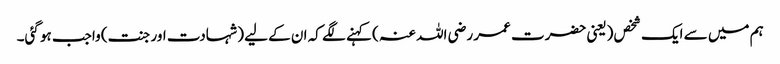
ہم میں سے ایک شخص (یعنی حضرت عمر رضی اللہ عنہ ) کہنے لگے کہ ان کے لیے (شہادت اور جنت) واجب ہو گئی۔